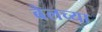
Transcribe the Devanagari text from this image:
बेलच्या